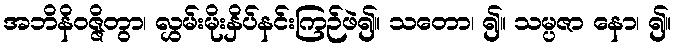
အဘိနိဝဇ္ဇိတွာ၊ လွှမ်းမိုးနှိပ်နင်းကြဉ်ဖဲ၍။ သတော၊ ၍။ သမ္ပဇာ နော၊ ၍။